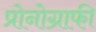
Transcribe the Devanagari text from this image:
प्रोनोग्राफी